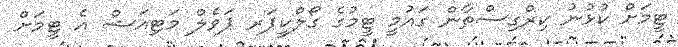
ޓީމަށް ކުޅުނު ކިރްގިސްތާން ގައުމީ ޓީމުގެ ގޯލްކީޕަރ ޕަވެލް މަޓިއަޝް އެ ޓީމަށް